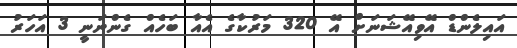
އައިލެންޑް އޭވިއޭޝަނަށް އޭ 320 މަރުކާގެ އެއާ ބަހެއް ގެންނަނީ 3 އަހަރު